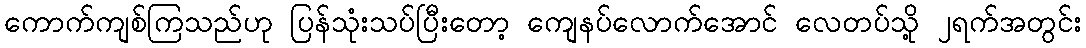
ကောက်ကျစ်ကြသည်ဟု ပြန်သုံးသပ်ပြီးတော့ ကျေနပ်လောက်အောင် လေတပ်သို့ ၂ရက်အတွင်း